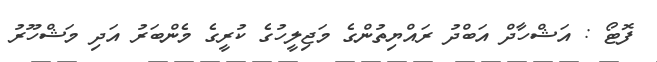
ފޮޓޯ : އަޝްހާދް އަބްދު ރައްޔިތުންގެ މަޖިލީހުގެ ކުރީގެ މެންބަރު އަދި މަޝްހޫރު